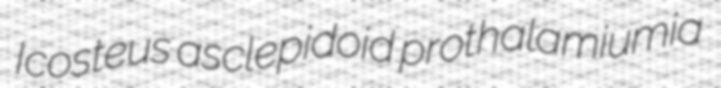
Icosteus asclepidoid prothalamiumia